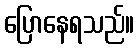
ပြောနေရသည်။